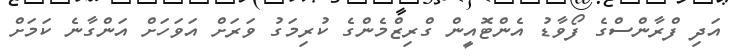
އަދި ފްރާންސްގެ ފޯވާޑު އެންޓޮއީން ގްރިޒްމެންގެ ކުރިމަގު ވަރަށް އަވަހަށް އަންގާނެ ކަމަށް